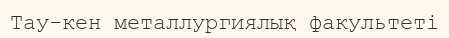
Тау-кен металлургиялық факультеті